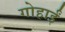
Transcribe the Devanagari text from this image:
गोहार्इं